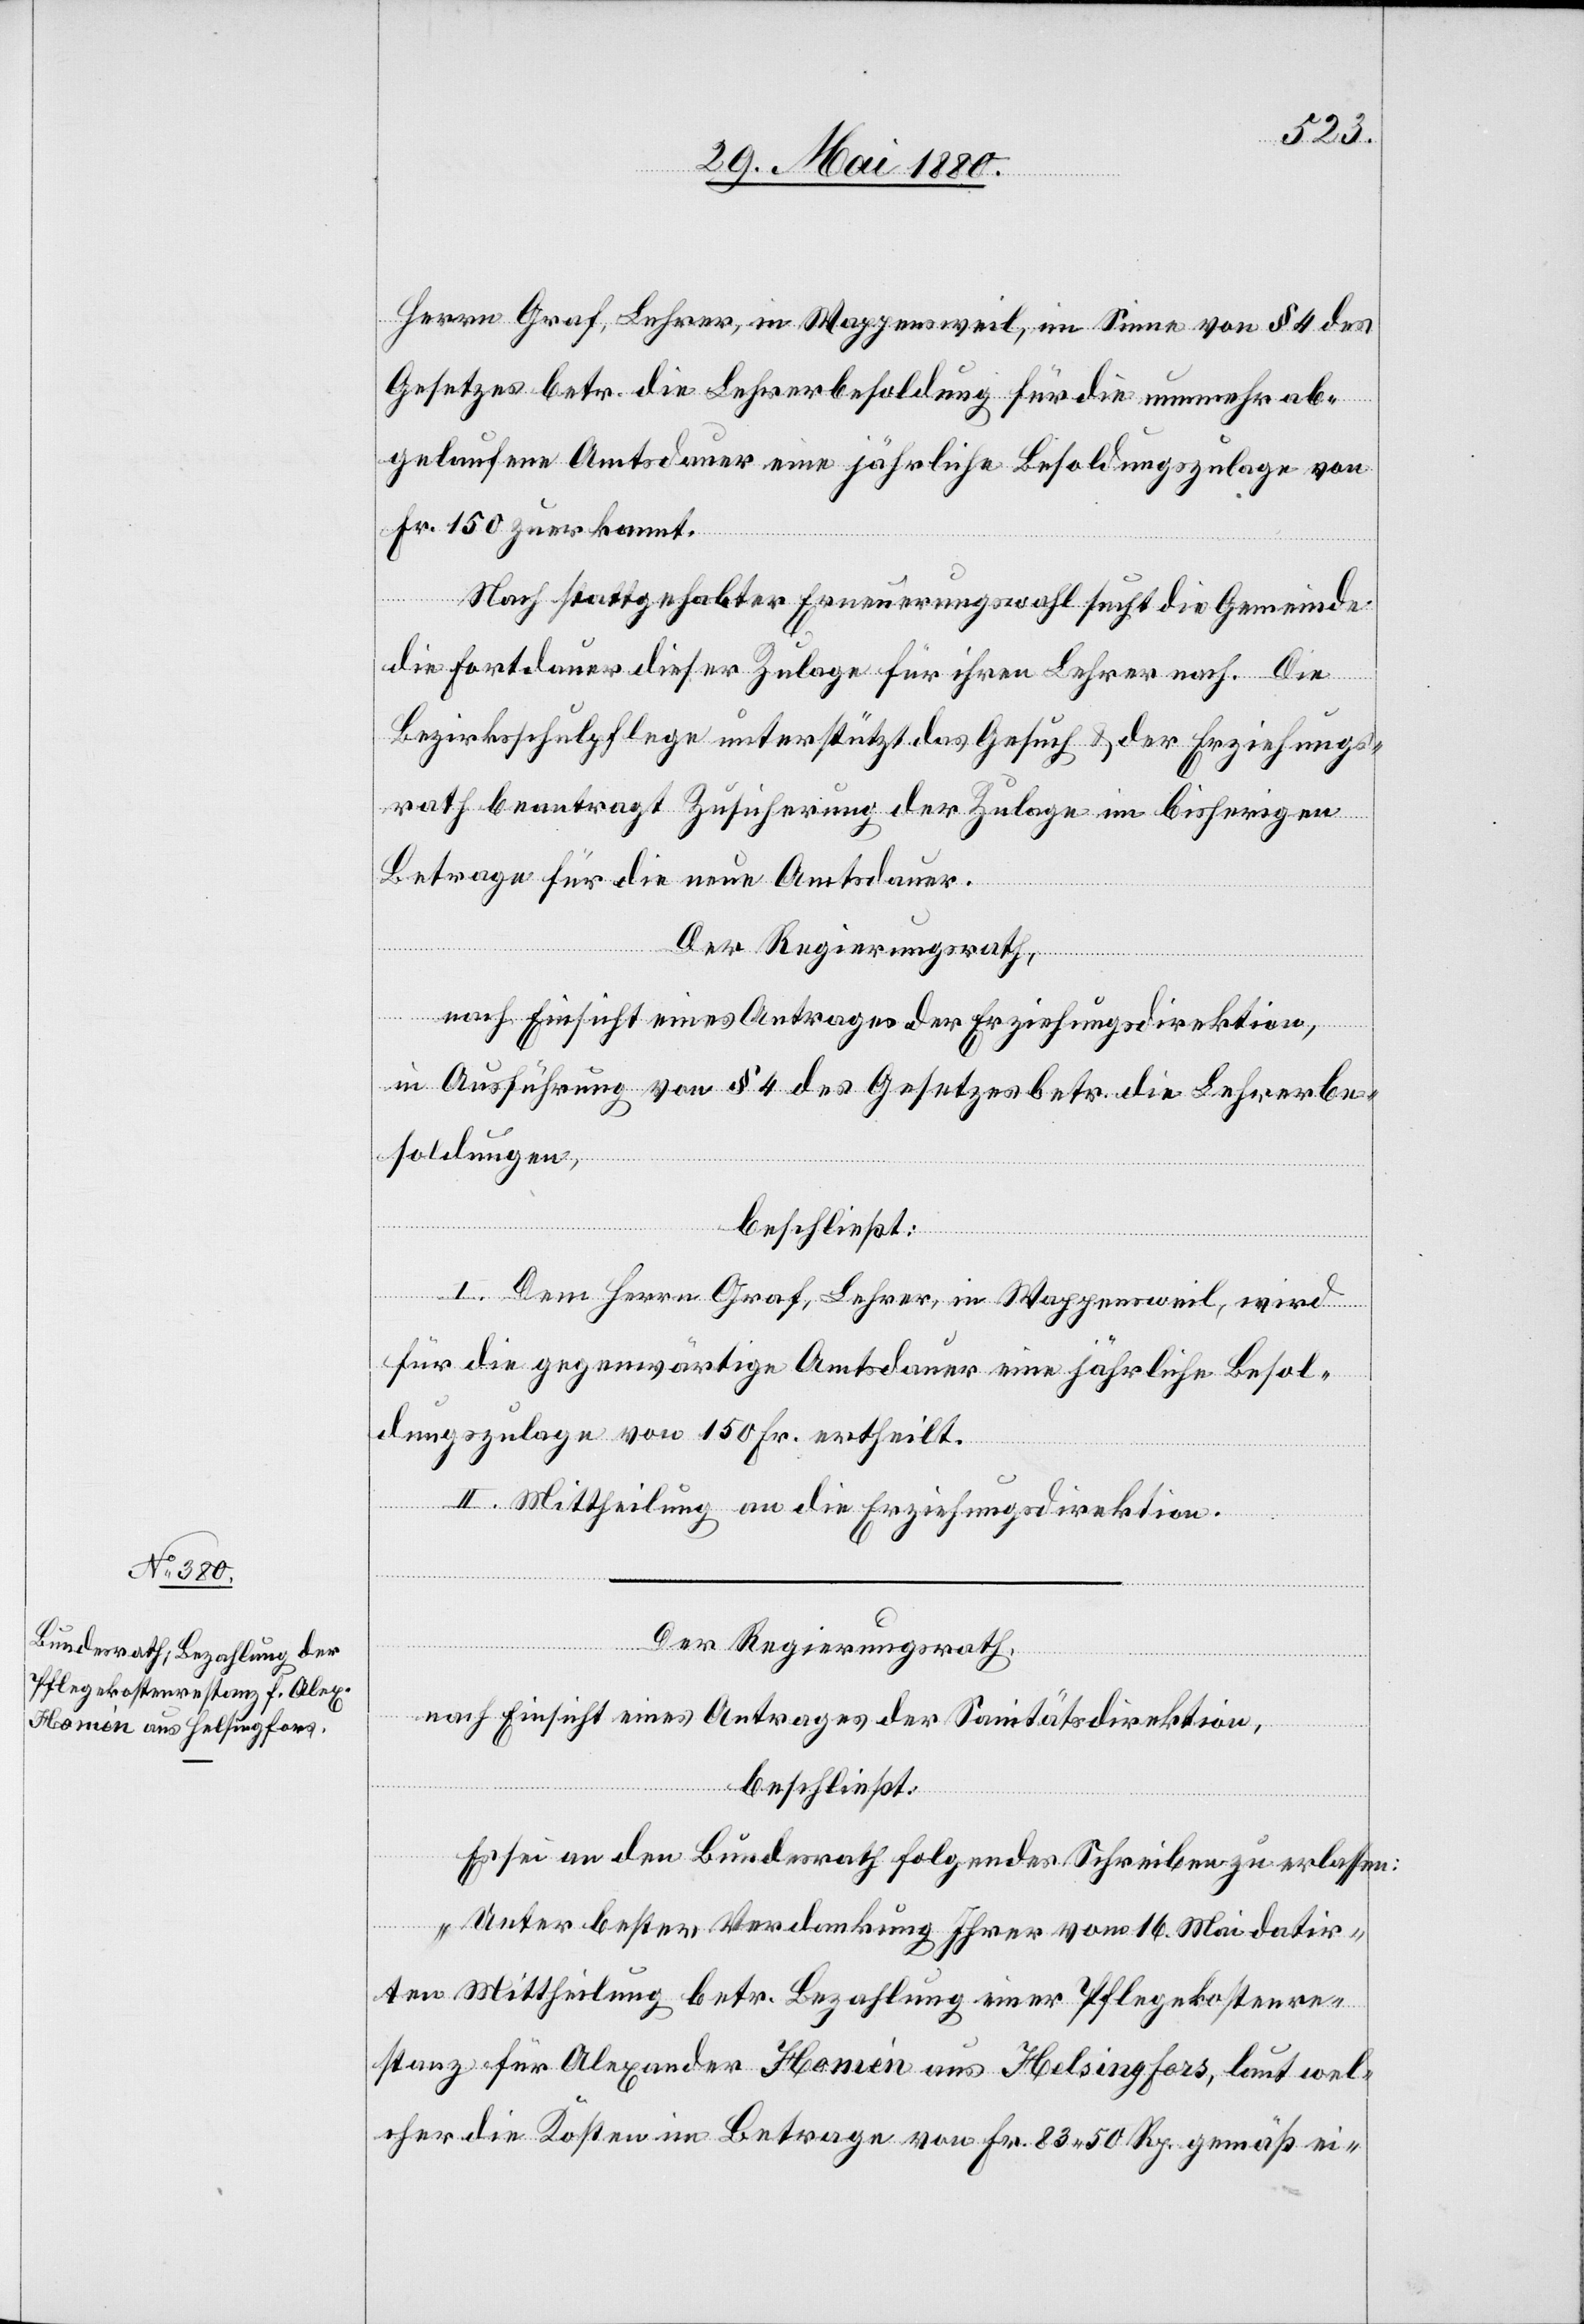
Herrn Graf, Lehrer, in Wappensweil, im Sinne von § 4 des
Gesetzes betr. die Lehrerbesoldung für die nunmehr ab¬
gelaufene Amtsdauer eine jährliche Besoldungszulage von
Fr. 150 zuerkannt.
Nach stattgehabter Erneuerungswahl sucht die Gemeinde
die Fortdauer dieser Zulage für ihren Lehrer nach. Die
Bezirksschulpflege unterstützt das Gesuch & der Erziehungs¬
rath beantragt Zusicherung der Zulage im bisherigen
Betrage für die neue Amtsdauer.
Der Regierungsrath,
nach Einsicht eines Antrages der Erziehungsdirektion,
in Ausführung von § 4 des Gesetzes betr. die Lehrerbe¬
soldungen,
beschließt:
I. Dem Herrn Graf, Lehrer, in Wappensweil, wird
für die gegenwärtige Amtsdauer eine jährliche Besol¬
dungszulage von 150 Fr. ertheilt.
II. Mittheilung an die Erziehungsdirektion.
Der Regierungsrath,
nach Einsicht eines Antrages der Sanitätsdirektion,
beschließt:
Es sei an den Bundesrath folgendes Schreiben zu erlassen:
„Unter bester Verdankung Ihrer vom 16. Mai datir¬
ten Mittheilung betr. Bezahlung einer Pflegekostenre¬
stanz für Alexander Homèn aus Helsingfor, laut wel¬
cher die Kosten im Betrage von Fr. 83. 50 Rp. gemäß ei-